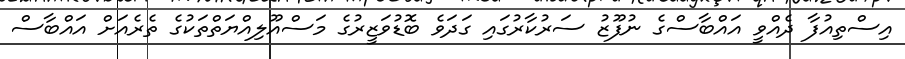
އިސްތިއުފާ ދެއްވީ އައްބާސްގެ ނުފޫޒު ސަރުކާރުގައި ގަދަވެ ބޮޑުވަޒީރުގެ މަސްއޫލިއްޔަތްތަކުގެ ތެރެއަށް އައްބާސް